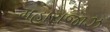
મહારાજાઝ